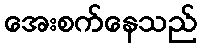
အေးစက်နေသည်